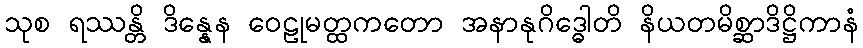
သုစ ရဿန္တိ ဒိန္နေန ဝေဠုမတ္ထကတော အနာနုဂိဒ္ဓေါတိ နိယတမိစ္ဆာဒိဋ္ဌိကာနံ